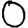
Digit: 0